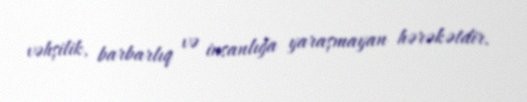
vəhşilik, barbarlıq və insanlığa yaraşmayan hərəkətdir.